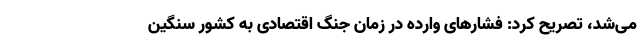
می‌شد، تصریح کرد: فشارهای وارده در زمان جنگ اقتصادی به کشور سنگین